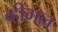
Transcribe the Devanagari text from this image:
व्हीगल